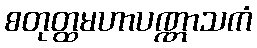
စတုတ္ထမဟာပဏ္ဏာသကံ